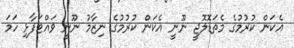
އެކަން ކުރުމުގެ މެތަޑޮލޮޖީ ނޫނީ އެކަން ކުރުމުގެ ނިޒާމު ނޫނީ ވައްޓަފާޅި ހަމަ